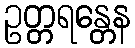
ဥတ္တရန္တေန